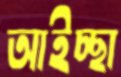
আইচ্ছা